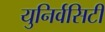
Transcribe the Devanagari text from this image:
युनिर्वसिटी